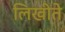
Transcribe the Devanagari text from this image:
लिखीते